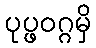
ပုပ္ဖဝဂ္ဂမှိ